Report of the veterinary officer investigating camel disease
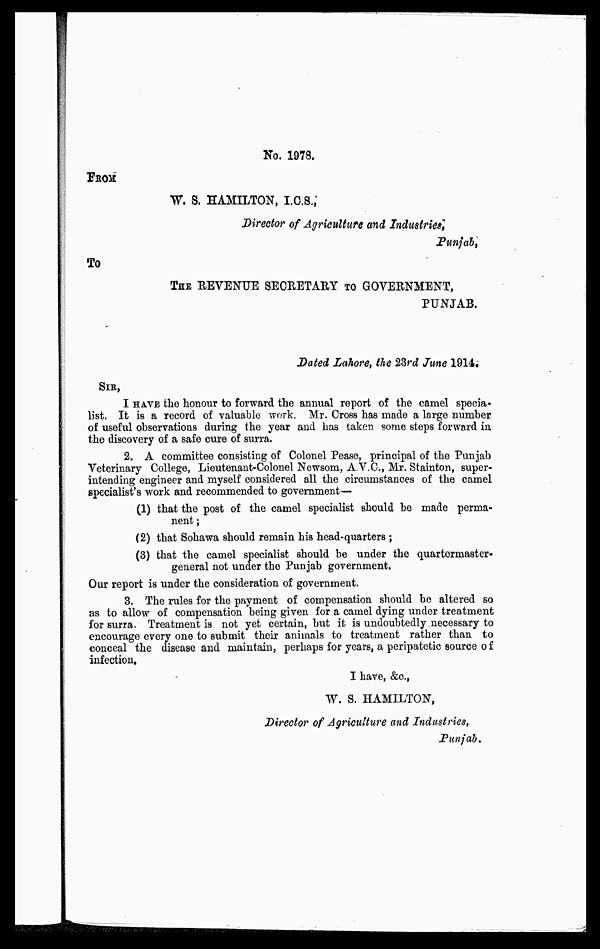
No. 1978.
FROM
W. S. HAMILTON, I.C.S.,
Director of Agriculture and Industries,
Punjab,
To
THE REVENUE SECRETARY TO GOVERNMENT,
PUNJAB.
Dated Lahore, the 23rd June 1914;
SIR,
I HAVE the honour to forward the annual report of the camel specia-
list. It is a record of valuable work. Mr. Cross has made a large number
of useful observations during the year and has taken some steps forward in
the discovery of a safe cure of surra.
2. A committee consisting of Colonel Pease, principal of the Punjab
Veterinary College, Lieutenant-Colonel Newsom, A.V.C., Mr. Stainton, super-
intending engineer and myself considered all the circumstances of the camel
specialist's work and recommended to government—
(1) that the post of the camel specialist should be made perma-
nent ;
(2) that Sohawa should remain his head-quarters ;
(3) that the camel specialist should be under the quartermaster-
general not under the Punjab government.
Our report is under the consideration of government.
3. The rules for the payment of compensation should be altered so
as to allow of compensation being given for a camel dying under treatment
for surra, Treatment is not yet certain, but it is undoubtedly necessary to
encourage every one to submit their animals to treatment rather than to
conceal the disease and maintain, perhaps for years, a peripatetic source of
infection.
I have, &c,
W. S. HAMILTON,
Director of Agriculture and Industries,
Punjab.